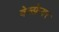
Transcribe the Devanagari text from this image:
वेल्फ़ेयर